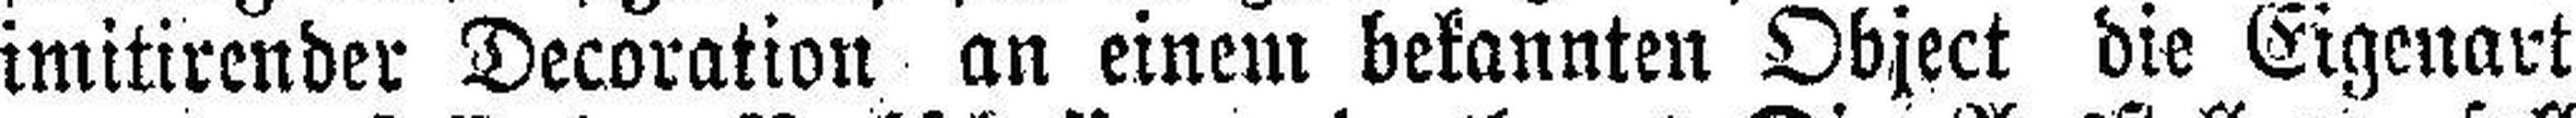
imitirender Decoration an einem bekannten Object die Eigenart